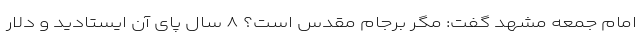
امام جمعه مشهد گفت: مگر برجام مقدس است؟ ۸ سال پای آن ایستادید و دلار